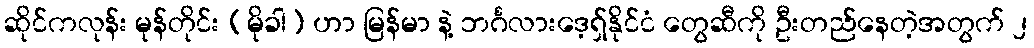
ဆိုင်ကလုန်း မုန်တိုင်း (မိုခါ) ဟာ မြန်မာ နဲ့ ဘင်္ဂလားဒေ့ရှ်နိုင်ငံ တွေဆီကို ဦးတည်နေတဲ့အတွက် ၂